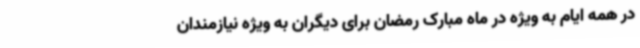
در همه ایام به ویژه در ماه مبارک رمضان برای دیگران به ویژه نیازمندان